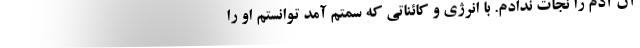
آن آدم را نجات ندادم. با انرژی و کائناتی که سمتم آمد توانستم او را